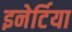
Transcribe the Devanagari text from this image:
इनेर्टिया